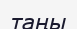
таңы